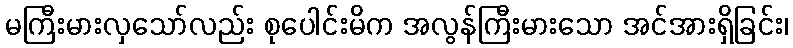
မကြီးမားလှသော်လည်း စုပေါင်းမိက အလွန်ကြီးမားသော အင်အားရှိခြင်း၊